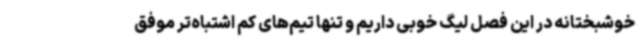
خوشبختانه در این فصل لیگ خوبی داریم و تنها تیم‌های کم اشتباه‌تر موفق